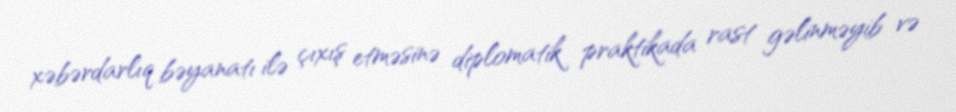
xəbərdarlıq bəyanatı ilə çıxış etməsinə diplomatik praktikada rast gəlinməyib və